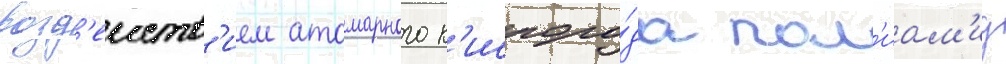
возд'еиств'ием атомарного к'ислоро́да пол'иам'ид